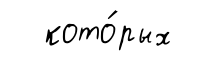
кото́рых